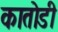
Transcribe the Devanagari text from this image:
कातोडी